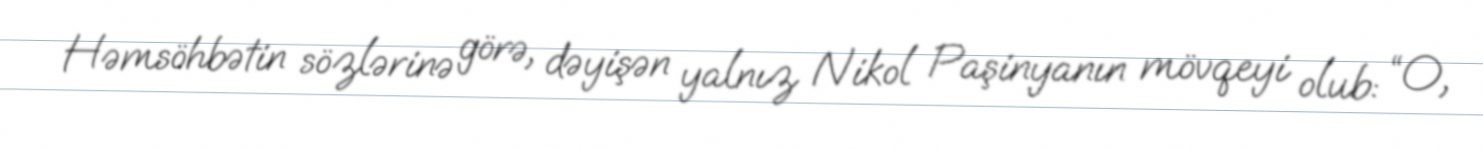
Həmsöhbətin sözlərinə görə, dəyişən yalnız Nikol Paşinyanın mövqeyi olub: “O,